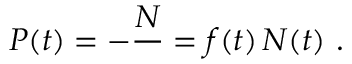
{ \cal P } ( t ) = - \frac { \d { \cal N } } { \d t } = f ( t ) \, { \cal N } ( t ) ~ .